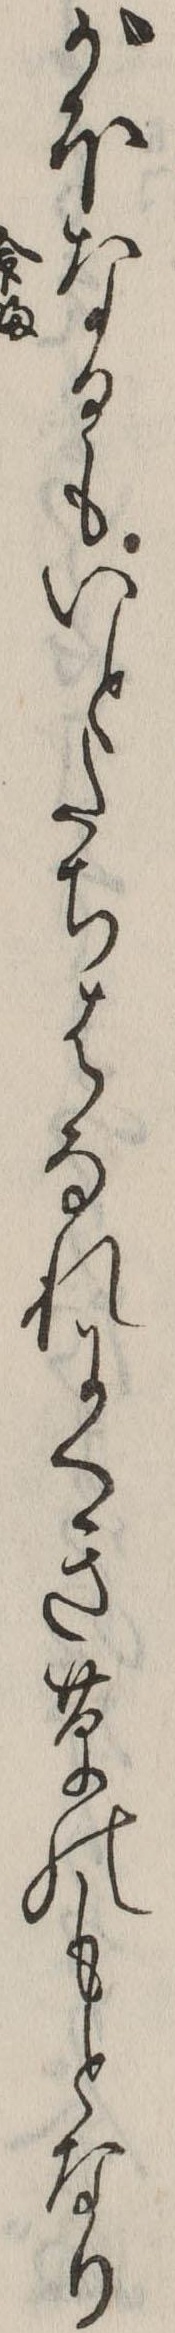
がほなるもいとたちはなれにくき草のもとなり